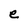
Character: e